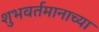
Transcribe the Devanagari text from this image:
शुभवर्तमानाच्या